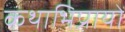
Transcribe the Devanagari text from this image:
कथाभिप्रायों